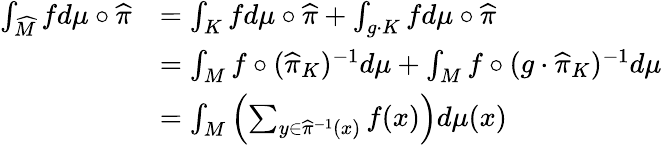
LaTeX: \begin{array}{rl}{\int_{\widehat M}fd\mu\circ\widehat\pi}&{=\int_{K}fd\mu\circ\widehat\pi+\int_{g\cdot K}fd\mu\circ\widehat\pi}\\ &{=\int_{M}f\circ(\widehat\pi_{K})^{-1}d\mu+\int_{M}f\circ(g\cdot\widehat\pi_{K})^{-1}d\mu}\\ &{=\int_{M}\left(\sum_{y\in\widehat\pi^{-1}(x)}f(x)\right)d\mu(x)}\end{array}